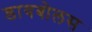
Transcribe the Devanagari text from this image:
डायबोलस